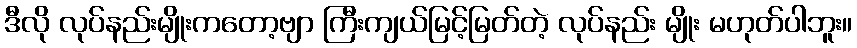
ဒီလို လုပ်နည်းမျိုးကတော့ဗျာ ကြီးကျယ်မြင့်မြတ်တဲ့ လုပ်နည်း မျိုး မဟုတ်ပါဘူး။